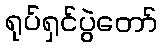
ရုပ်ရှင်ပွဲတော်